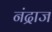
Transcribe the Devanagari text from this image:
नंद्राज